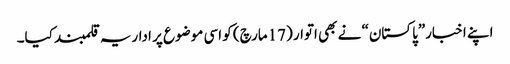
اپنے اخبار”پاکستان“ نے بھی اتوار (17مارچ) کو اسی موضوع پر اداریہ قلمبند کیا۔